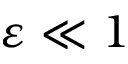
\varepsilon \ll 1